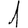
Digit: 1